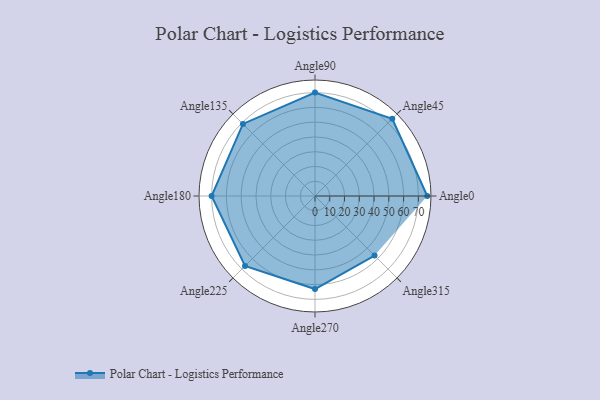
{"axis": {"x": "Angle", "y": "Radius"}, "legend": [""], "data": [{"x": "Angle0", "y": 76.0, "type": ""}, {"x": "Angle45", "y": 74.0, "type": ""}, {"x": "Angle90", "y": 70.0, "type": ""}, {"x": "Angle135", "y": 69.0, "type": ""}, {"x": "Angle180", "y": 70.0, "type": ""}, {"x": "Angle225", "y": 67.0, "type": ""}, {"x": "Angle270", "y": 63.0, "type": ""}, {"x": "Angle315", "y": 57.0, "type": ""}]}